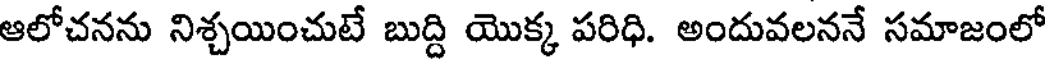
ఆలోచనను నిశ్చయించుటే బుద్ది యొక్క పరిధి. అందువలననే సమాజంలో